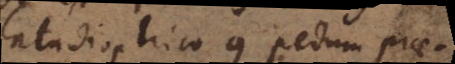
Catadioptrico 9 pedum prae-